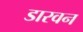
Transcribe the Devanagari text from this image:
डारवन